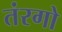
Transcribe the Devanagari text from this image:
तंरगो